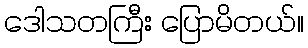
ဒေါသတကြီး ပြောမိတယ်။